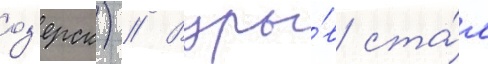
оз'ерск) // Взры́в ста́л